Civil Veterinary Department. United Provinces 1932-42 - 1932-1942
Year: 1932
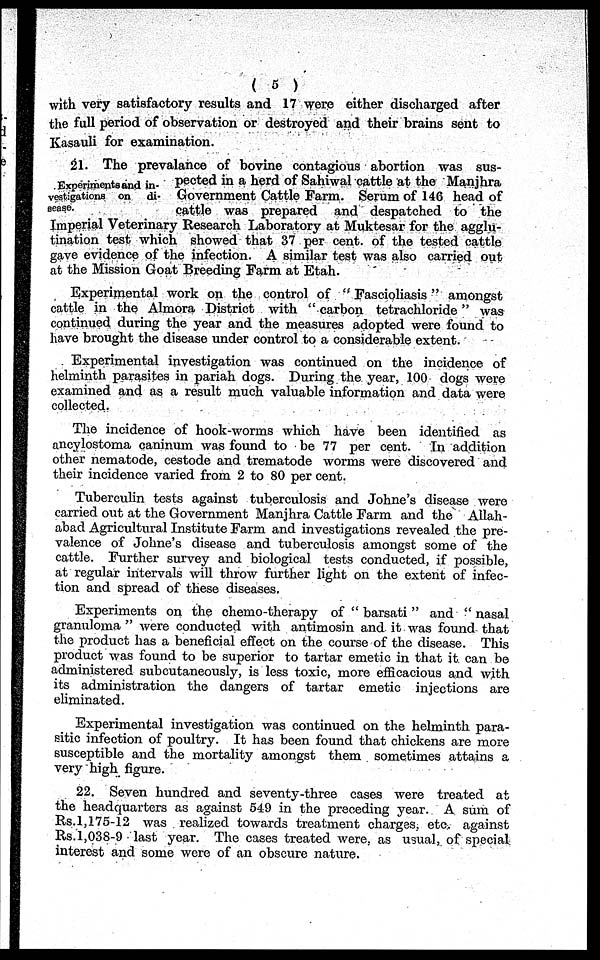
( 5 )
with very satisfactory results and 17 were either discharged after
the full period of observation or destroyed and their brains sent to
Kasauli for examination.
Experiments and in-
vestigations on
di-
sease.
21. The prevalance of bovine contagious abortion was sus-
pected in a herd of Sahiwal cattle at the Manjhra
Government Cattle Farm. Serum of 14G head of
cattle was prepared and despatched to the
Imperial Veterinary Research Laboratory at Muktesar for the agglu-
tination test which showed that 37 per cent. of the tested cattle
gave evidence of the infection. A similar test was also carried out
at the Mission Goat Breeding Farm at Etah.
Experimental work on the control of " Fascioliasis " amongst
cattle in the Almora District with " carbon tetrachloride " was
continued during the year and the measures adopted were found to
have brought the disease under control to a considerable extent.
Experimental investigation was continued on the incidence of
helminth parasites in pariah dogs. During the year, 100 dogs were
examined and as a result much valuable information and data were
collected.
The incidence of hook-worms which have been identified as
anoylostoma caninum was found to be 77 per cent. In addition
other nematode, cestode and trematode worms were discovered and
their incidence varied from 2 to 80 per cent.
Tuberculin tests against tuberculosis and Johne's disease were
carried out at the Government Manjhra Cattle Farm and the Allah-
abad Agricultural Institute Farm and investigations revealed the pre-
valence of Johne's disease and tuberculosis amongst some of the
cattle. Further survey and biological tests conducted, if possible,
at regular intervals will throw further light on the extent of infec-
tion and spread of these diseases.
Experiments on the chemo-therapy of " barsati " and " nasal
granuloma " were conducted with antimosin and it was found that
the product has a beneficial effect on the course of the disease. This
product was found to be superior to tartar emetic in that it can be
administered subcutaneously, is less toxic, more efficacious and with
its administration the dangers of tartar emetic injections are
eliminated.
Experimental investigation was continued on the helminth para-
sitic infection of poultry. It has been found that chickens are more
susceptible and the mortality amongst them sometimes attains a
very high figure.
22. Seven hundred and seventy-three cases were treated at
the headquarters as against 549 in the preceding year. A sum of
Rs.1,175-12 was realized towards treatment charges, etc. against
Rs.l,038-9 last year. The cases treated were, as usual, of special
interest and some were of an obscure nature.